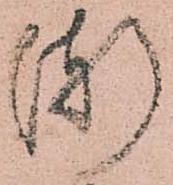
漸